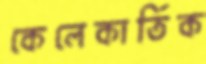
কেলেকার্তিক